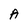
Character: A